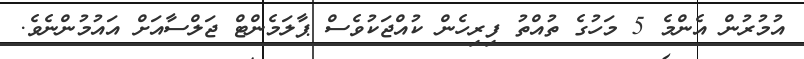
އުމުރުން އެންމެ 5 މަހުގެ ތުއްތު ފިރިހެން ކުއްޖަކުވެސް ޕާލަމެންޓް ޖަލްސާއަށް އައުމުންނެވެ.